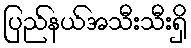
ပြည်နယ်အသီးသီးရှိ